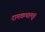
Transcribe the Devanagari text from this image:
रामकथामृत